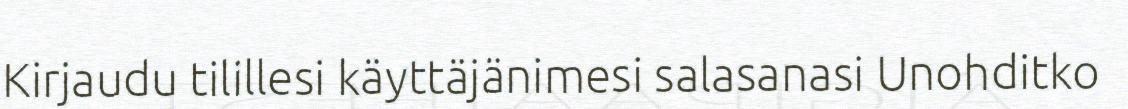
Kirjaudu tilillesi käyttäjänimesi salasanasi Unohditko